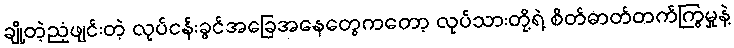
ချို့တဲ့ညံ့ဖျင်းတဲ့ လုပ်ငန်းခွင်အခြေအနေတွေကတော့ လုပ်သားတို့ရဲ့ စိတ်ဓာတ်တက်ကြွမှုနဲ့